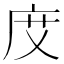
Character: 𢈒